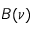
B ( \nu )